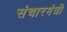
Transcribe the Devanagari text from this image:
संचारमंत्री